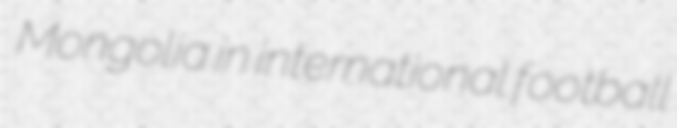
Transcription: Mongolia in international football